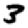
Digit: 3